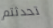
تحدثتم